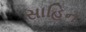
સાહિન